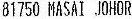
81750 MASAI JOHOR